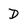
Character: D